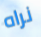
نراه